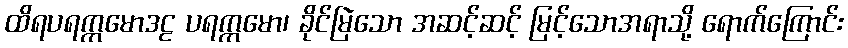
ထိရပရက္ကမောဒဠ ပရက္ကမော၊ ခိုင်မြဲသော အဆင့်ဆင့် မြင့်သောအရာသို့ ရောက်ကြောင်း